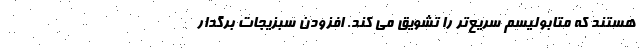
هستند که متابولیسم سریع‌تر را تشویق می کند. افزودن سبزیجات برگدار